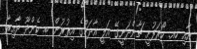
އާއި ހއ. ހޯރަފުށީ ޗާންދަނީގޭ އަލީ އާދަމްގެ އިތުރުން ބ. ކެންދޫ ދާއިރާ